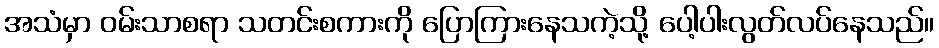
အသံမှာ ဝမ်းသာစရာ သတင်းစကားကို ပြောကြားနေသကဲ့သို့ ပေါ့ပါးလွတ်လပ်နေသည်။